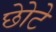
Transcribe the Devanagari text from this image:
छोेटे